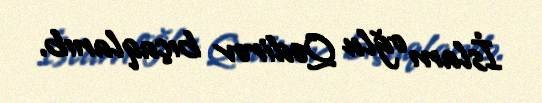
İslam oğlu Qədirov bıçaqlanıb.